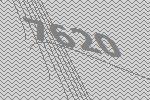
7620